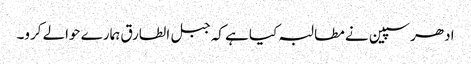
ادھر سپین نے مطالبہ کیا ہے کہ جبل الطارق ہمارے حوالے کرو۔